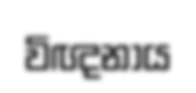
විඥනාය